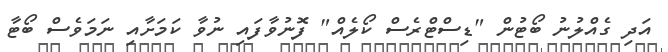
އަދި ގެއްލުނު ބޯޓުން "ޑިސްޓްރެސް ކޯލެއް" ފޮނުވާފައި ނުވާ ކަމަށާއި ނަމަވެސް ބޯޓާ